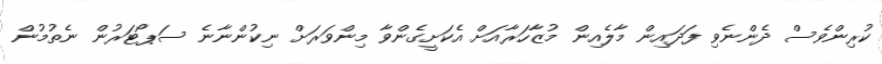
ކުރިންވެސް ދެންނެވި ފަދައިން މާލެއިން މުޒާހަރާއަށް އެކަށީގެންވާ މިންވަރަށް ނިކުންނާނެ ސަޕޯޓަރުން ނެތުމުން